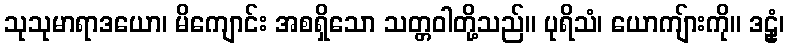
သုသုမာရာဒယော၊ မိကျောင်း အစရှိသော သတ္တဝါတို့သည်။ ပုရိသံ၊ ယောကျ်ားကို။ ဒဠှံ၊